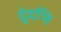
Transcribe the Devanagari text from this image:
दुंदभि